Scottish Leaving Certificate Examination, 1954
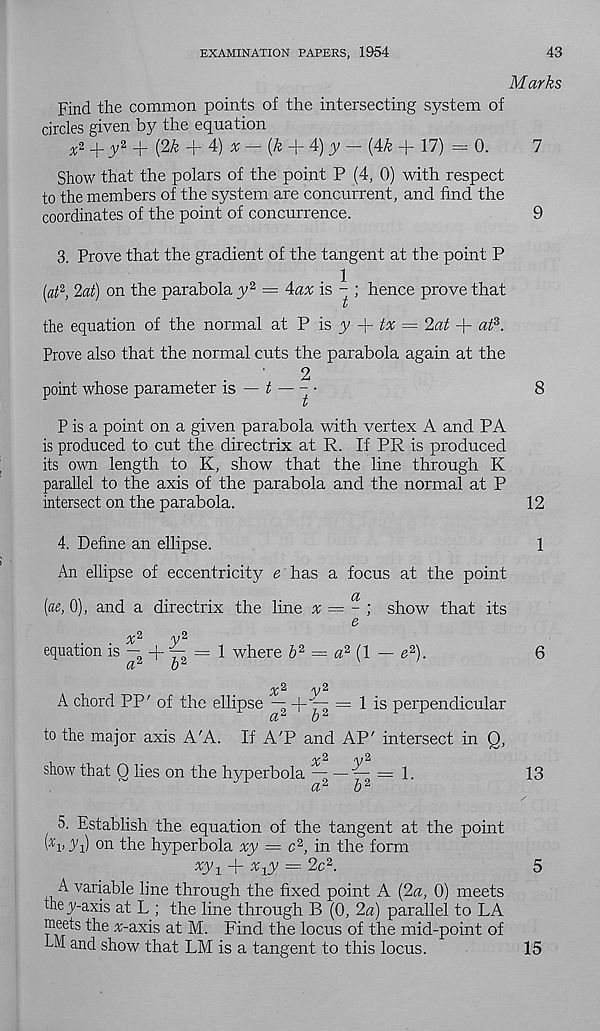
EXAMINATION PAPERS, 1954
43
Marks
Find the common points of the intersecting system of
circles given by the equation
# 2 + jy 2 m (2& + 4)
(k
4) y
[4k -|- 17) =0.
7
Show that the polars of the point P (4, 0) with respect
to the members of the system are concurrent, and find the
coordinates of the point of concurrence.
9
3. Prove that the gradient of the tangent at the point P
[aft, 2at) on the parabola y 2 = 4ax is ^ ; hence prove that
the equation of the normal at P is y + tx = 2at + ap-
prove also that the normal cuts the parabola again at the
2
point whose parameter is — £
l >
8
P is a point on a given parabola with vertex A and PA
is produced to cut the directrix at R. If PR is produced
its own length to K, show that the line through K
parallel to the axis of the parabola and the normal at P
intersect on the parabola.
12
4. Define an ellipse.
1
An ellipse of eccentricity e has a focus at the point
[m, 0), and a directrix the line x = - ) show that its
e
equation is - + f- = 1 where 6 2 = a 2 (l — e 2 ).
6
a 2
b 2
/^2
/y 2
A chord PP' of the ellipse — + — = 1 is perpendicular
a 2
b 2
to the major axis A'A. If A'P and AP' intersect in Q,
2
2
show that Q lies on the hyperbola — — — = 1.
13
a 2
b 2
5. Establish the equation of the tangent at the point
PnlVi) on the hyperbola xy = c 2 , in the form
xy 1 + % x y = 2c 2 .
5
A variable line through the fixed point A (2a, 0) meets
they-axis at L ; the line through B (0, 2a) parallel to LA
meets the ir-axis at M. Find the locus of the mid-point of
bM and show that LM is a tangent to this locus.
15